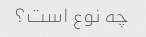
چه نوع است؟